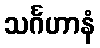
သင်္ဂဟာနံ